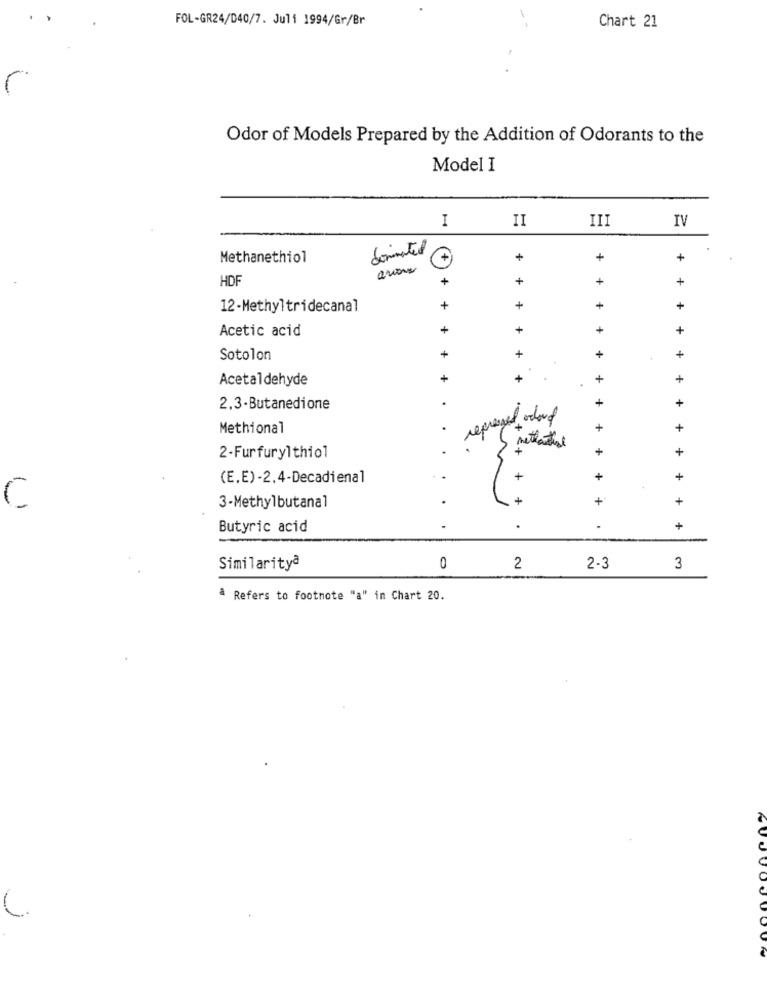
FOL-GR24/040/7. Juli 1994/Gr/Br
Chart 21
Odor of Models Prepared by the Addition of Odorants to the
Model I
I
II
III
IV
dominated
Methanethiol
+
HDF
+
+
12-Methyltridecanal
+
+
+
Acetic acid
+
Sotolon
+
Acetaldehyde
+
+
+
2.3-Butanedione
represed ochond
Methional
+
.
+
+
2-Furfurylthio1
(E.E) -2.4-Decadienal
+
+
+
+
+
C
3-Methylbutanal
Butyric acid
+
Similarityª
0
2
2-3
3
a Refers to footnote "a" in Chart 20.
C.
AUJOOJOOUN